Report on the Civil Veterinary Department, Eastern Bengal and Assam - 1907-1911
Year: 1907
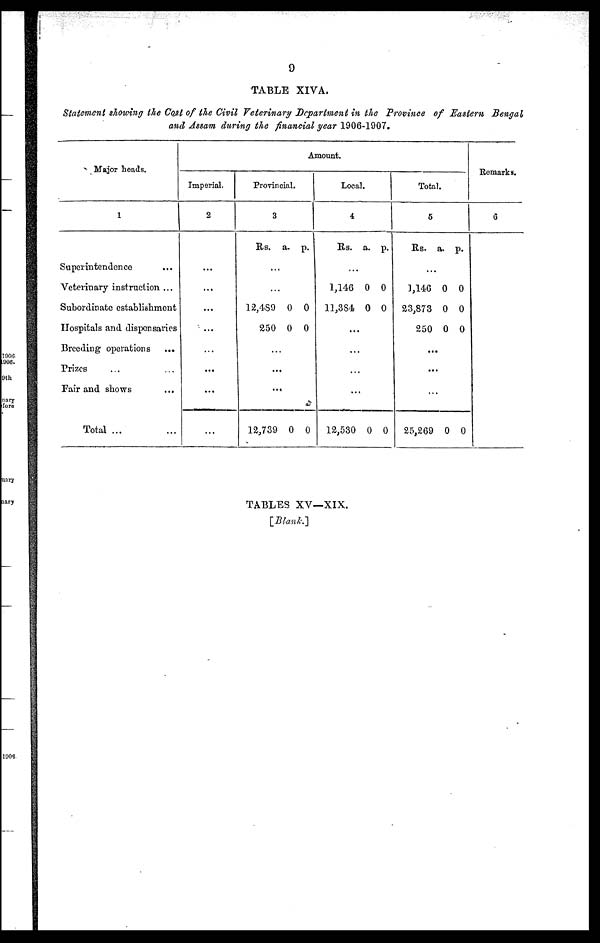
9
TABLE XIVA.
Statement showing the Cost of the Civil Veterinary Department in the Province of Eastern Bengal
and Assam during the financial year 1906-1907.
Major heads.
1
Superintendence ...
Veterinary instruction ...
Subordinate establishment
Hospitals and dispensaries
Breeding operations ...
Prizes ... ...
Fair and shows ...
Total ... ...
Imperial.
2
...
...
...
...
...
...
...
...
Amount.
Provincial.
3
Rs. a. p.
...
...
12,489 0 0
250 0 0
...
...
...
12,739 0 0
Local.
4
Rs. a. p.
...
1,146 0 0
11,384 0 0
...
...
...
...
12,530 0 0
Total.
5
Rs. a. p.
...
1,146 0 0
23,873 0 0
250 0 0
...
...
...
25,269 0 0
Remarks.
6
TABLES XV—XIX.
[Blank]